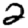
Digit: 2